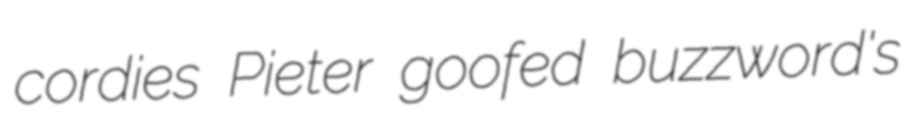
cordies Pieter goofed buzzword's